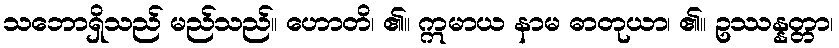
သဘောရှိသည် မည်သည်။ ဟောတိ၊ ၏။ ဣမာယ နာမ ဓာတုယာ၊ ၏။ ဥဿန္နတ္တာ၊